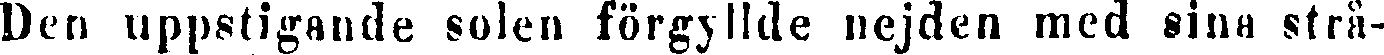
Den uppstigande solen förgyllde nejden med sina strå-